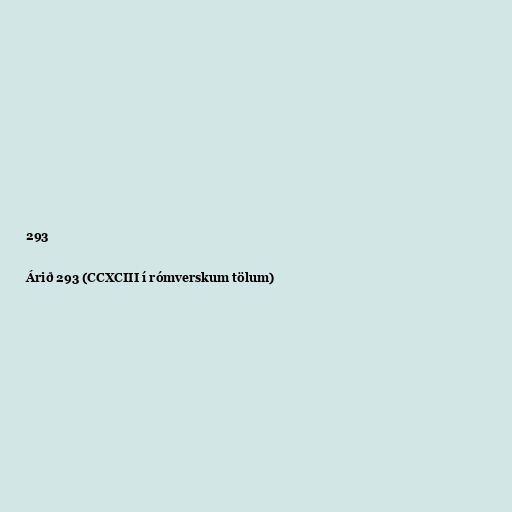
293

Árið 293 (CCXCIII í rómverskum tölum)